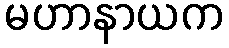
မဟာနာယက